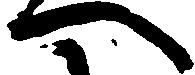
へ